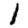
Digit: 1